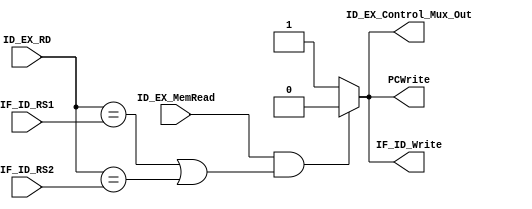
`timescale 1ns / 1ps

module Hazard_Detection(ID_EX_RD, IF_ID_RS1, IF_ID_RS2, ID_EX_MemRead, ID_EX_Control_Mux_Out, IF_ID_Write, PCWrite);

input [4:0] ID_EX_RD, IF_ID_RS1, IF_ID_RS2;
input ID_EX_MemRead;
output reg ID_EX_Control_Mux_Out;
output reg IF_ID_Write, PCWrite;

always @(*)
begin

    if (ID_EX_MemRead && (ID_EX_RD == IF_ID_RS1 || ID_EX_RD == IF_ID_RS2)) // Load Use Hazard then Stall!
    begin
        ID_EX_Control_Mux_Out = 0;
        IF_ID_Write = 0;
        PCWrite = 0;
    end
    else
    begin
        ID_EX_Control_Mux_Out = 1;
        IF_ID_Write = 1;
        PCWrite = 1;
    end
end
endmodule